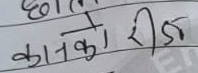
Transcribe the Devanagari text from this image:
कानको रीज